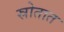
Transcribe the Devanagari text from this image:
स्रोतात